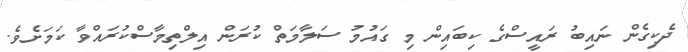
ދެކިގެން ނައިބު ރައީސްގެ ކިބައިން މި ގައުމު ސަލާމަތް ކުރަން އިލްތިމާސްކުރައްވާ ކަމަށެވެ.